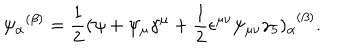
LaTeX: { \psi _ { \alpha } } ^ { ( \beta ) } = \frac { 1 } { 2 } ( \psi + \psi _ { \mu } \gamma ^ { \mu } + \frac { 1 } { 2 } \epsilon ^ { \mu \nu } \psi _ { \mu \nu } \gamma _ { 5 } ) _ { \alpha } ^ { \ \ ( \beta ) } .